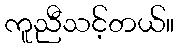
ကူညီသင့်တယ်။